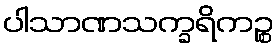
ပါသာဏသက္ခရိကဉ္စ